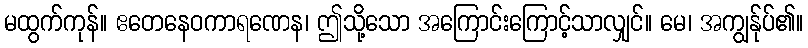
မထွက်ကုန်။ ဧတေနေဝကာရဏေန၊ ဤသို့သော အကြောင်းကြောင့်သာလျှင်။ မေ၊ အကျွန်ုပ်၏။